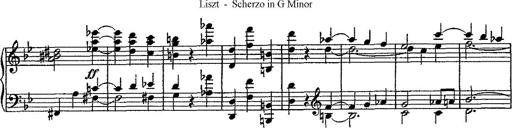
Title: Scherzo
Composer: Rogelio Villar
Key: D minor